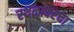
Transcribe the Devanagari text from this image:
स्थळावरचा